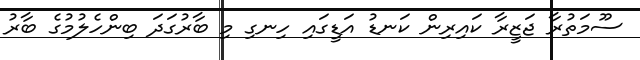
ސޫމަތުރާ ޖަޒީރާ ކައިރިން ކަނޑު އަޑީގައި ހިނގި މި ބާރުގަދަ ބިންހެލުމުގެ ބާރު